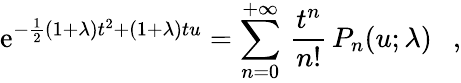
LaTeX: \mathrm{e}^{-\frac{{1}}{{2}}(1+\lambda)t^{2}+(1+\lambda)tu}=\sum_{n=0}^{+\infty}\, \frac{{t^{n}}}{{n!}}\, P_{n}(u;\lambda)\ \ \ ,